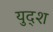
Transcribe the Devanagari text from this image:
युद्श